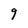
Character: 9